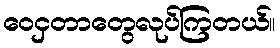
ဝေငှတာတွေလုပ်ကြတယ်။